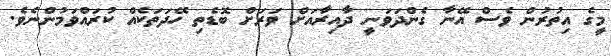
މީގެ އިތުރުން ވެސް އޭނާ ގެންދަވަނީ ދާއިރާއަށް ވަރަށް ބޮޑެތި ހޭދަތަކެއް ކުރައްވަމުންނެވެ.